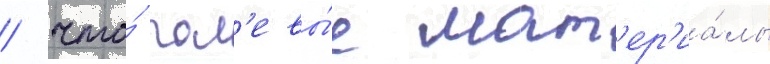
/ что́ пол'евы́е мат'ер'иа́лы